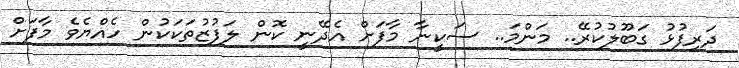
ދަރިފުޅު ގަބޫލުކުރޭ.. މަންމަ.. ސަކީނާ މާފަށް އެދޭނީ ކޮން ލަފުޒުތަކަކުން ހެއްޔެވެ މާފަށް